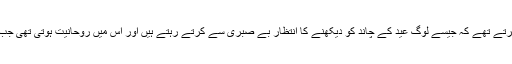
ظریف احمد ظریف مزید کہتے ہیں ’’ہم بچپن میں افطار کا انتظار ایسے کرتے تھے کہ جیسے لوگ عید کے چاند کو دیکھنے کا انتظار بے صبری سے کرتے رہتے ہیں اور اس میں روحانیت ہوتی تھی جب کہ بزرگ لوگ بچوں کو افطار اور روزوں کی فضیلت سمجھاتے تھے ۔